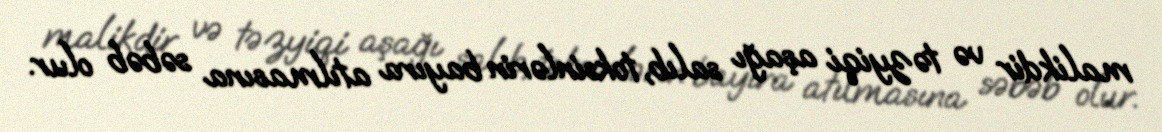
malikdir və təzyiqi aşağı salıb, toksinlərin bayıra atılmasına səbəb olur.